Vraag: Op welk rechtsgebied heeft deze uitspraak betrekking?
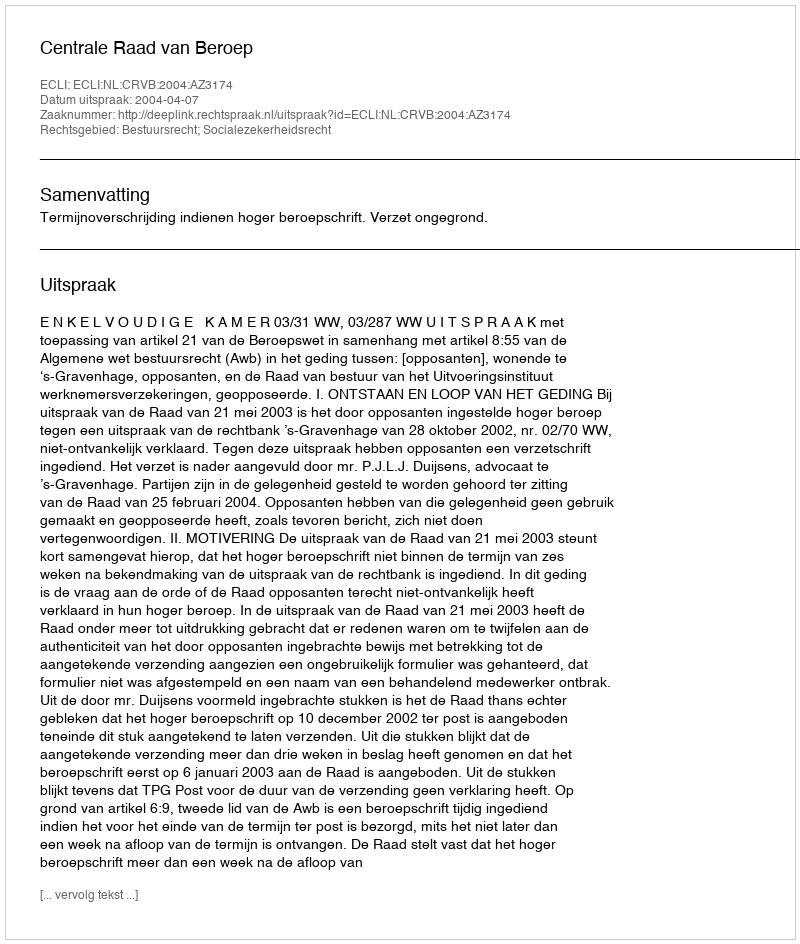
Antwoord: Bestuursrecht; Socialezekerheidsrecht